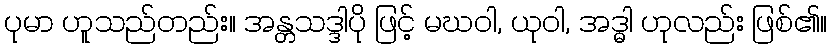
ပုမာ ဟူသည်တည်း။ အန္တသဒ္ဒါပို ဖြင့် မဃဝါ, ယုဝါ, အဒ္ဓါ ဟုလည်း ဖြစ်၏။